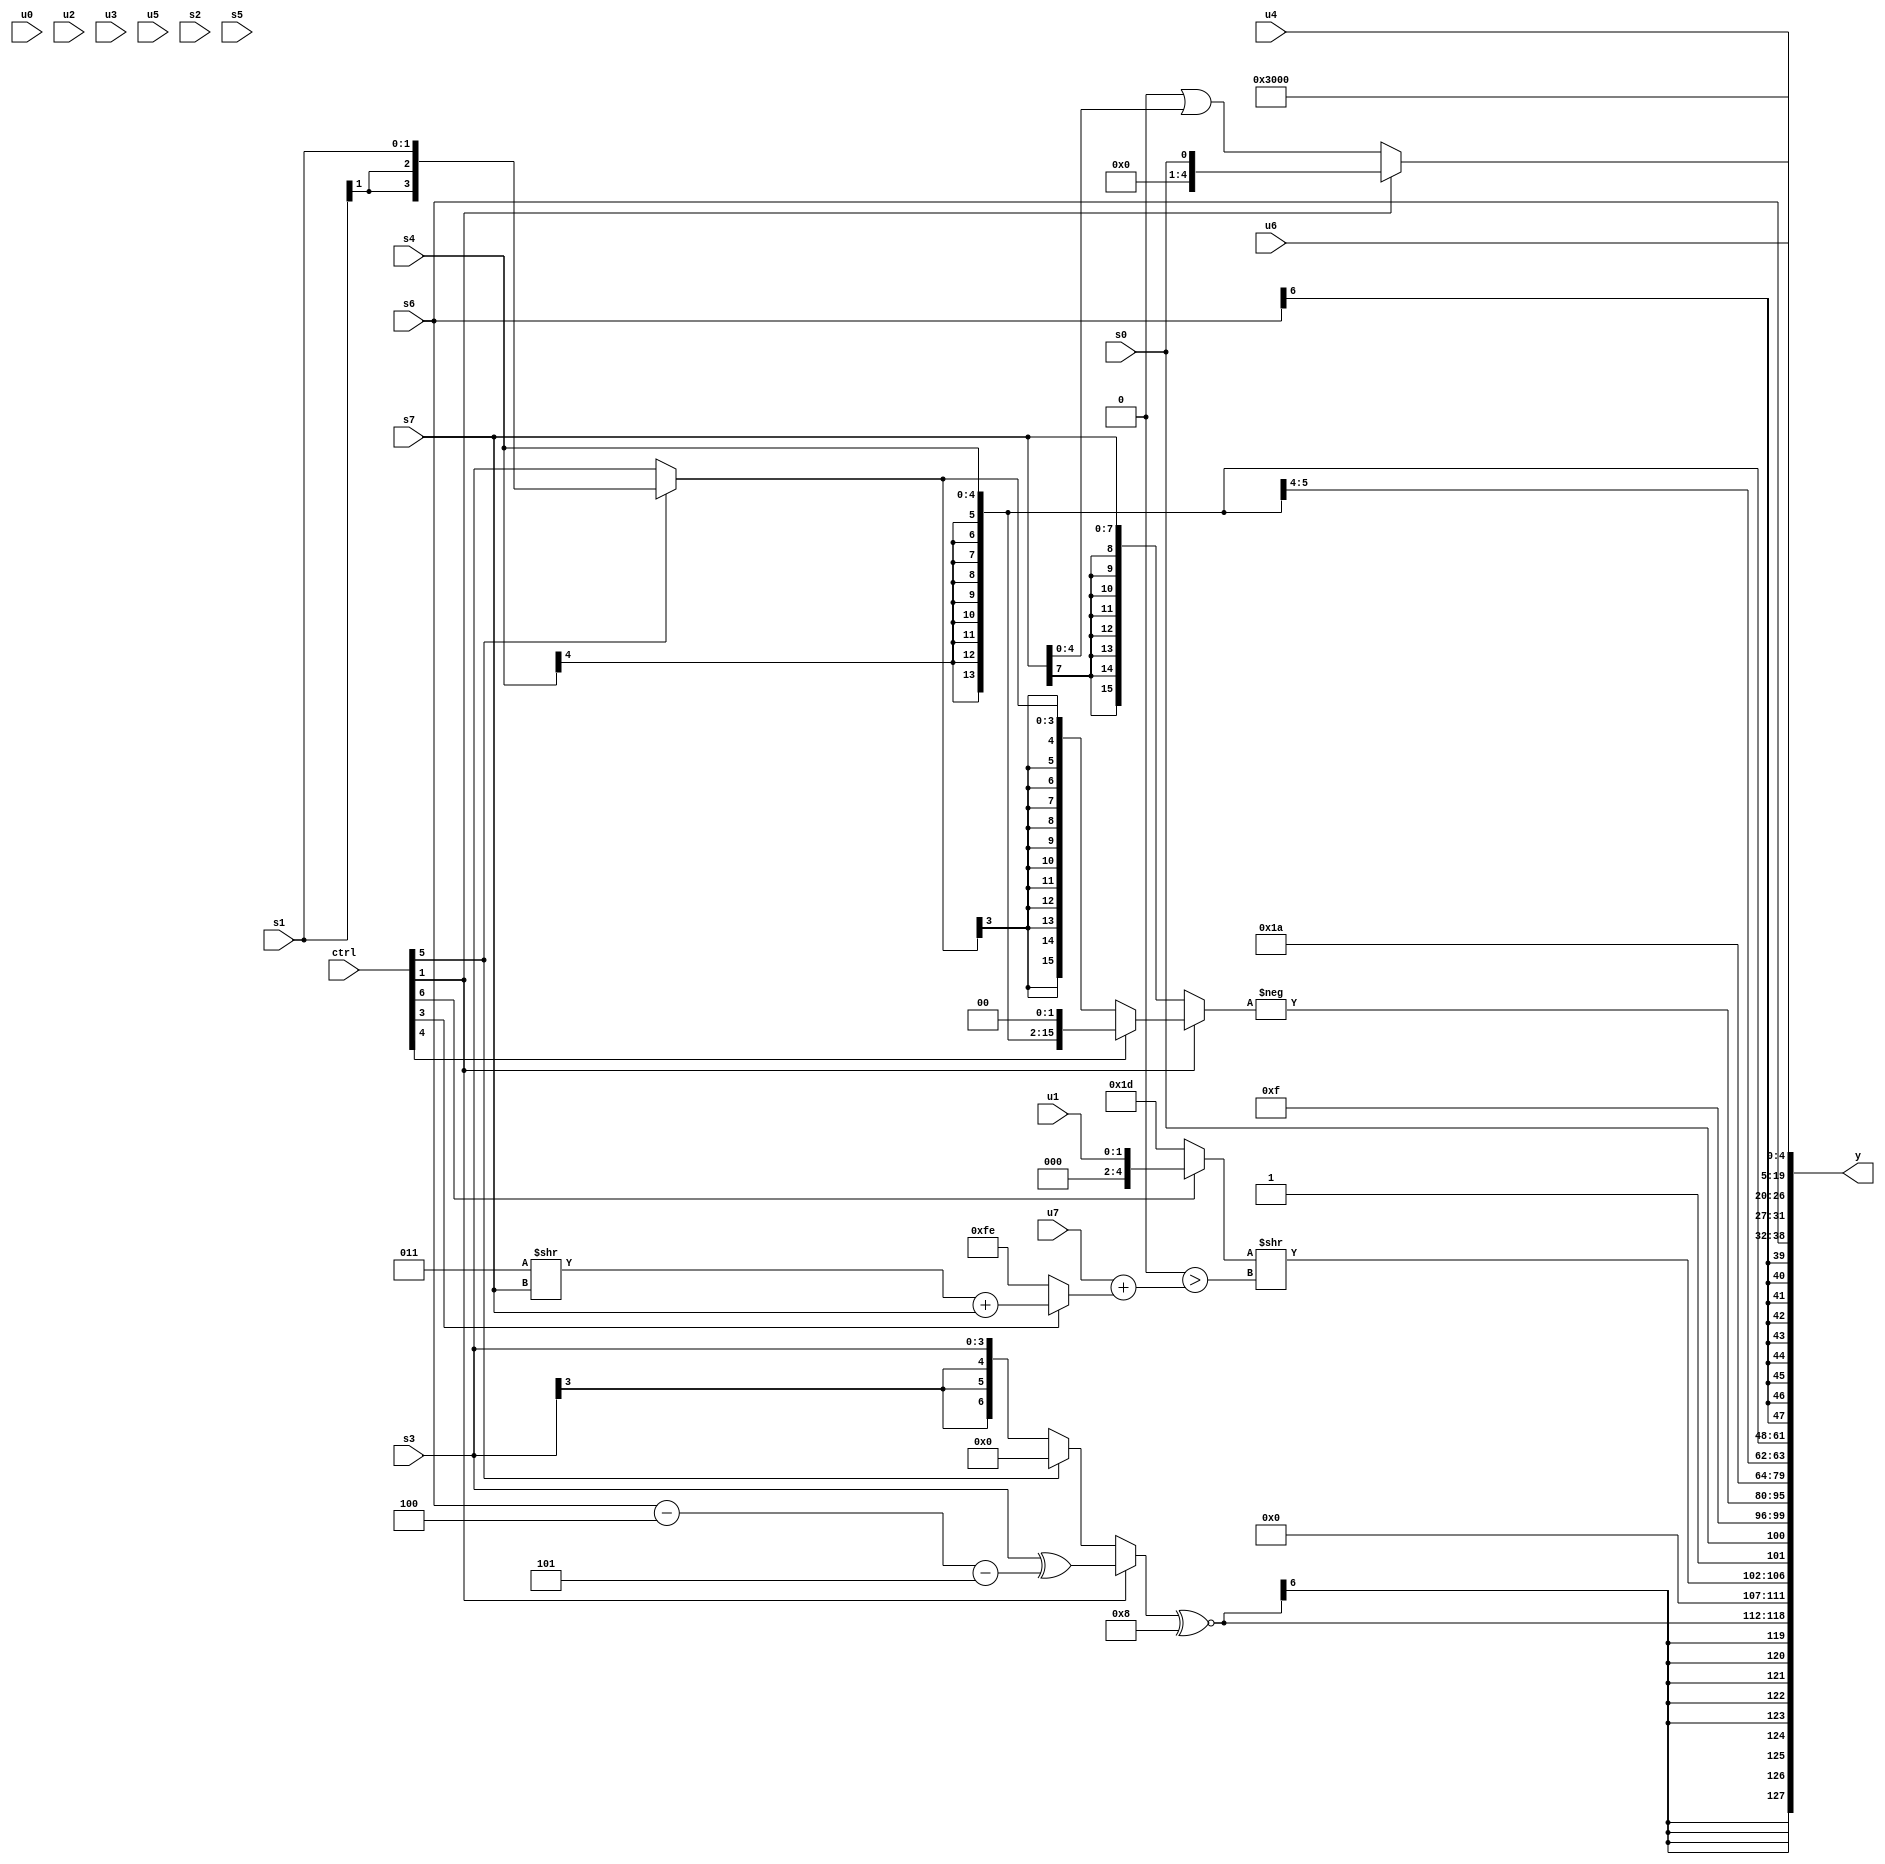
module wideexpr_00328(ctrl, u0, u1, u2, u3, u4, u5, u6, u7, s0, s1, s2, s3, s4, s5, s6, s7, y);
  input [7:0] ctrl;
  input [0:0] u0;
  input [1:0] u1;
  input [2:0] u2;
  input [3:0] u3;
  input [4:0] u4;
  input [5:0] u5;
  input [6:0] u6;
  input [7:0] u7;
  input signed [0:0] s0;
  input signed [1:0] s1;
  input signed [2:0] s2;
  input signed [3:0] s3;
  input signed [4:0] s4;
  input signed [5:0] s5;
  input signed [6:0] s6;
  input signed [7:0] s7;
  output [127:0] y;
  wire [15:0] y0;
  wire [15:0] y1;
  wire [15:0] y2;
  wire [15:0] y3;
  wire [15:0] y4;
  wire [15:0] y5;
  wire [15:0] y6;
  wire [15:0] y7;
  assign y = {y0,y1,y2,y3,y4,y5,y6,y7};
  assign y0 = $signed(((ctrl[1]?$signed((s3)^(+(((s6)-(4'sb1100))-($signed(6'b111101))))):(ctrl[5]?(($signed((ctrl[0]?s0:6'sb011001)))<<<($signed((5'sb10101)|(6'sb001110))))&(6'sb001111):(s3)>>>(1'b0))))^~(4'sb1000));
  assign y1 = {($signed((ctrl[6]?u1:-(5'sb00011))))>>((($signed(+({3{u1}})))>>($signed({1{+(5'sb01010)}})))>(($signed(u7))+((ctrl[3]?((3'sb011)>>(s7))+(s7):6'sb111110)))),1'sb1,s0,4'sb1111};
  assign y2 = -((ctrl[1]?(ctrl[4]?+((s4)<<<(2'sb10)):(ctrl[1]?(ctrl[5]?s1:s3):s7)):+(s7)));
  assign y3 = 5'b11010;
  assign y4 = s4;
  assign y5 = s6;
  assign y6 = {(ctrl[1]?$unsigned(s0):($unsigned(1'b0))|({2{s7}})),u6,4'sb0110};
  assign y7 = u4;
endmodule